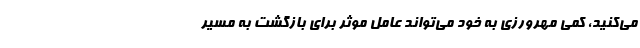
می‌کنید، کمی مهرورزی به خود می‌تواند عامل موثر برای بازگشت به مسیر